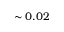
\sim 0 . 0 2